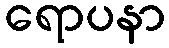
ရောပနာ